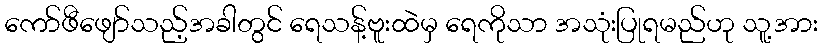
ကော်ဖီဖျော်သည့်အခါတွင် ရေသန့်ဗူးထဲမှ ရေကိုသာ အသုံးပြုရမည်ဟု သူ့အား